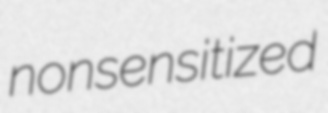
nonsensitized